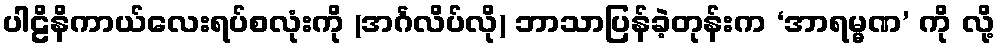
ပါဠိနိကာယ်လေးရပ်စလုံးကို (အင်္ဂလိပ်လို) ဘာသာပြန်ခဲ့တုန်းက ‘အာရမ္မဏ’ ကို လို့